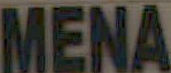
MENA